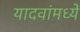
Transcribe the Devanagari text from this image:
यादवांमध्यें